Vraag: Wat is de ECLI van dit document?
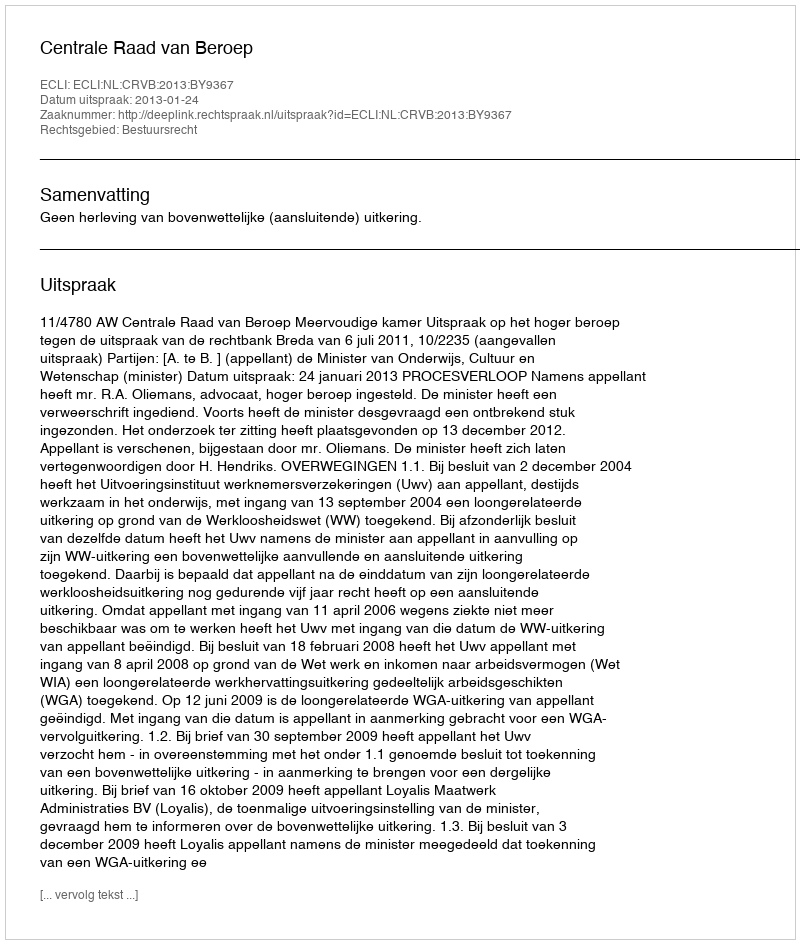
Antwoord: ECLI:NL:CRVB:2013:BY9367